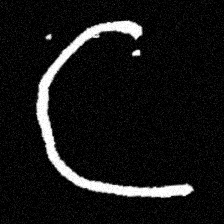
Pyu character \u2014 Myanmar letter: ဋ (romanized: tta)